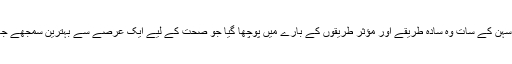
شرکا سے رہن سہن کے سات وہ سادہ طریقے اور مؤثر طریقوں کے بارے میں پوچھا گیا جو صحت کے لیے ایک عرصے سے بہترین سمجھے جاتے رہے تھے۔